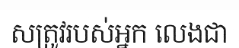
សត្រូវរបស់អ្នក លេងជា